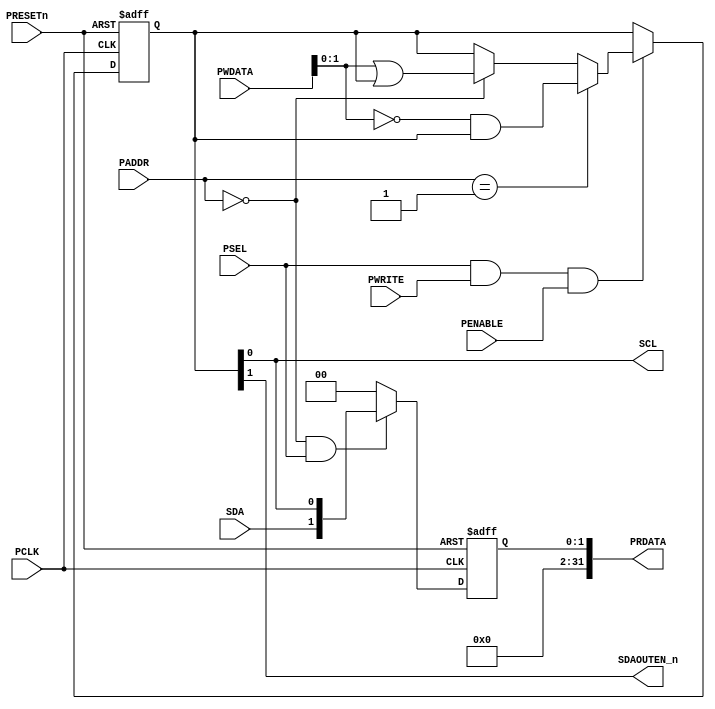
//-----------------------------------------------------------------------------
// The confidential and proprietary information contained in this file may
// only be used by a person authorised under and to the extent permitted
// by a subsisting licensing agreement from ARM Limited or its affiliates.
//
//        (C) COPYRIGHT 2013 ARM Limited or its affiliates.
//            ALL RIGHTS RESERVED
//
// This entire notice must be reproduced on all copies of this file
// and copies of this file may only be made by a person if such person is
// permitted to do so under the terms of a subsisting license agreement
// from ARM Limited or its affiliates.
//
// -----------------------------------------------------------------------------
//
//      SVN Information
//
//      Checked In          : $Date: 2017-07-25 15:10:13 +0100 (Tue, 25 Jul 2017) $
//
//      Revision            : $Revision: 368444 $
//
//      Release Information : Cortex-M0 DesignStart-r2p0-00rel0
//
//-----------------------------------------------------------------------------
//------------------------------------------------------------------------------
//-- Purpose : Serial Bus Controller for Audio
//------------------------------------------------------------------------------
//-- Limitation : None
//------------------------------------------------------------------------------
//-- Known Deficiencies : None
//------------------------------------------------------------------------------
//-- Design Assumption and timing issues :
//--
//------------------------------------------------------------------------------
//--
//-- Overview
//-- ========
//-- Generate I2C control interface using bit banging
//-------------------------------------------------------------------------------

`timescale 1ns / 1ps

module SBCon
(
// Inputs
  PCLK,                 //-- APB bus clock
  PRESETn,              //-- APB bus reset
  PSEL,                 //-- APB device select
  PENABLE,              //-- identifies APB active cycle
  PWRITE,               //-- APB transfer direction
  PADDR,                //-- APB address
  PWDATA,               //-- APB write data

  SDA,                  // serial data input
// Outputs
  PRDATA,               //-- APB read data
  SCL,
  SDAOUTEN_n
);

  input          PCLK;
  input          PRESETn;
  input          PSEL;
  input          PENABLE;
  input          PWRITE;
  input   [7:2]  PADDR;
  input  [31:0]  PWDATA;
  input          SDA;
  output [31:0]  PRDATA;
  output         SCL;
  output         SDAOUTEN_n;


`define SB_CONTROL     6'b000000       // 0   status
`define SB_CONTROLS    6'b000000       // 0   set outputs SDA or SCL
`define SB_CONTROLC    6'b000001       // 4   clr outputs SDA or SCL

  reg   [1:0] reg_sb_enable;
  reg   [1:0] reg_prdataout;
  wire  [1:0] nxt_prdata;
  wire [31:0] PRDATA;


  // Enable registers have seperate set and clear operations
  //  WriteEnableRegs : process(PCLK, PRESETn)
  always @(posedge PCLK or negedge PRESETn)
  begin
    if (~PRESETn)
      begin
        reg_sb_enable <= 2'b00;
      end
    else
     begin
      if (PSEL & PWRITE & PENABLE)
       begin
         // set SB enable bits
        if (PADDR[7:2] == `SB_CONTROLS)
           reg_sb_enable <= PWDATA[1:0] | reg_sb_enable;

        // clear SB enable bits
        if (PADDR[7:2] == `SB_CONTROLC)
           reg_sb_enable <= (~PWDATA[1:0]) & reg_sb_enable;
       end
     end
  end

  assign nxt_prdata = ((PADDR == `SB_CONTROL) && (PSEL)) ? ({SDA,reg_sb_enable[0]}) : 2'b00;

//  --------------------------------------------------------------------------------
//  -- When the peripheral is not being accessed, '0's are driven
//  -- on the Read Databus (PRDATA) so as not to place any restrictions
//  -- on the method of external bus connection. The external data buses of the
//  -- peripherals on the APB may then be connected to the ASB-to-APB bridge using
//  -- Muxed or ORed bus connection method.
//  --------------------------------------------------------------------------------

  // Register output data
  always @(posedge PCLK or negedge PRESETn)
  begin
    if (~PRESETn)
      begin
        reg_prdataout[1:0] <= 2'b00;
      end
    else
      begin
        reg_prdataout[1:0] <= nxt_prdata[1:0];
      end
  end // ReadRegs;

  // Output to external
  assign PRDATA     = {{30{1'b0}},reg_prdataout};
  assign SCL        = reg_sb_enable[0];
  assign SDAOUTEN_n = reg_sb_enable[1];

endmodule